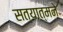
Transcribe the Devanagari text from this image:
सत्यात्मने